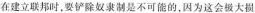
在建立联邦时，要铲除奴隶制是不可能的，因为这会极大损